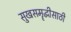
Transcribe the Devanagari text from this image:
सुखसमॄद्धीसाठी